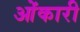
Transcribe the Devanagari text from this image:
ओंकारी